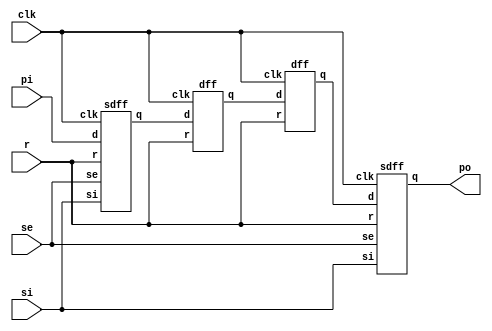
module shiftreg(input clk,r,pi,si,se,output po);
wire w1,w2,w3;
sdff dut1(.clk(clk),.r(r),.si(si),.se(se),.d(pi),.q(w1));
dff dut2(.clk(clk),.r(r),.d(w1),.q(w2));
dff dut3(.clk(clk),.r(r),.d(w2),.q(w3));
sdff dut4(.clk(clk),.r(r),.si(si),.se(se),.d(w3),.q(po));
endmodule

//sdff module

module sdff(input clk,r,se,si,d, output reg q);
always@(posedge clk)
begin
	if(r==1)
		q<=1'b0;
	else 
		if (!se)
			q<=d;
		else
			q<=0;
end
endmodule

module dff(input d,clk,r, output reg q);
always@(posedge clk)
begin
	if (r==1)
		q<=1'b0;
	else 
		q<=d;
end
endmodule